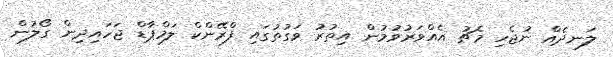
ލަނދެއް ނުޖެހި މެޗު އެއްވަރުވުމުން އިތުރު ވަގުތުގައި ފްރޭންކް ލަމްޕާޑް ޖަހައިދިން ގޯލުން